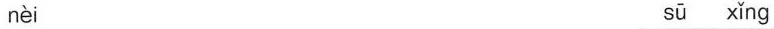
nèi sū xǐng